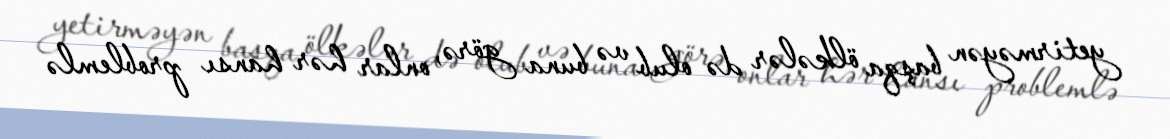
yetirməyən başqa ölkələr də olub və buna görə, onlar hər hansı problemlə